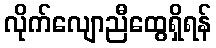
လိုက်လျောညီထွေရှိရန်